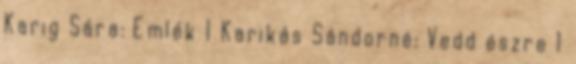
Karig Sára: Emlék 1 Karikás Sándorné: Vedd észre 1